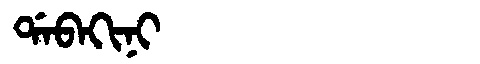
Manchu: ᡩᠠᠪᠠᡴᡳᠨᡳ
Romanization: DABAKINI